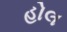
હોલ